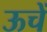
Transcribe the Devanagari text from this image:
ऊचें